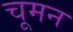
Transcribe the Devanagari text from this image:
चूमन